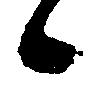
候